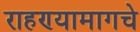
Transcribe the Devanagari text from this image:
राहण्यामागचे